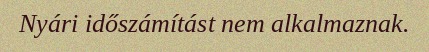
Nyári időszámítást nem alkalmaznak.